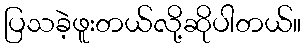
ပြသခဲ့ဖူးတယ်လို့ဆိုပါတယ်။